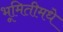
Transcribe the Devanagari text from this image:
भूमितीमधे